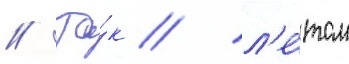
// Та́к / л'е́том